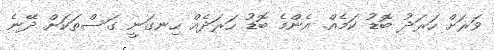
ވަރަށް ހަރަދު ބޮޑު ކަމެއް. އެންމެ ބޮޑު ހަރަދެއް ހިނގަނީ ގަސްތަކަށް ދޭނެ